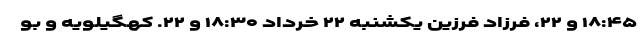
۱۸:۴۵ و ۲۲، فرزاد فرزین یکشنبه ۲۲ خرداد ۱۸:۳۰ و ۲۲. کهگیلویه و بو